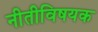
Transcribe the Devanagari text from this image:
नीतीविषयक